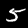
Label: 5